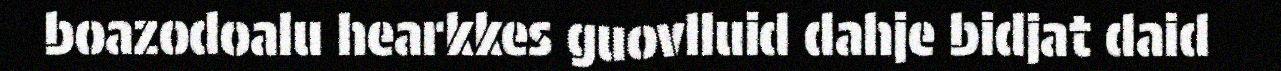
boazodoalu hearkkes guovlluid dahje bidjat daid